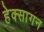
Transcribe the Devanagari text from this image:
हेक्सागन